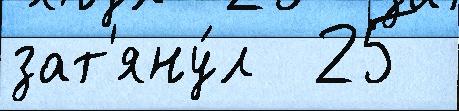
зат'яну́л  25